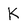
Character: K